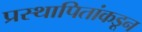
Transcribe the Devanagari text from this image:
प्रस्थापितांकडून